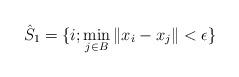
LaTeX: \begin{align*}\hat{S}_1 = \{ i; \min_{j\in B} \| x_i - x_j \| < \epsilon \}\end{align*}